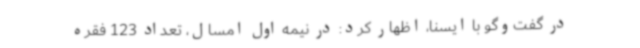
در گفت‌وگو با ایسنا، اظهار کرد: در نیمه اول امسال‌، تعداد 123 فقره